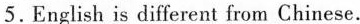
5.English is different from Chinese.